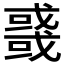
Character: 𰒲